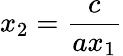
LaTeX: x_{2}=\frac{c}{ax_{1}}